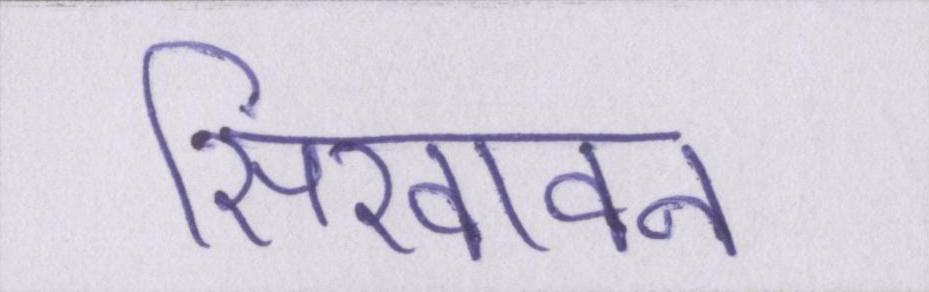
सिखावन